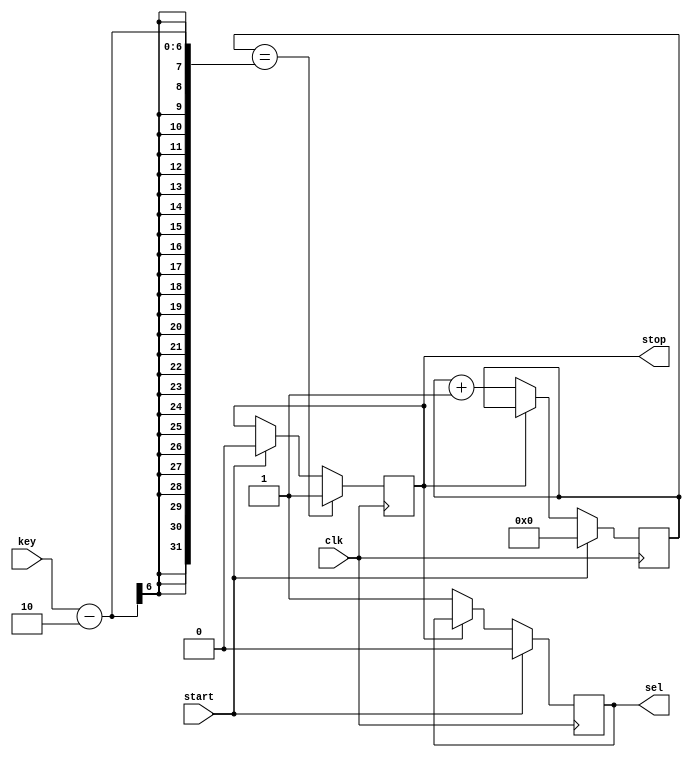
`timescale 1ns / 1ps
//////////////////////////////////////////////////////////////////////////////////
// Company: 
// Engineer: 
// 
// Design Name: 
// Module Name:    counter 
// Project Name: 
// Target Devices: 
// Tool versions: 
// Description: 
//
// Dependencies: 
//
// Revision: 
// Revision 0.01 - File Created
// Additional Comments: 
//
//////////////////////////////////////////////////////////////////////////////////
module counter(
    input clk,
	 input [5:0] key,
	 input start,
	 output reg sel,stop
    );
	 
	 reg [5:0] counts;
	always @(posedge clk) begin
		if(start) begin
		counts <= 0;
		stop <= 0;
		sel <= 0;
		end
		else if(stop == 0) begin
		counts <= counts + 6'b000001;
		sel <= 1;
		end
		if(counts == key - 2) begin
		stop <= 1;
		end
	end

endmodule